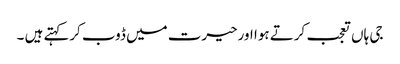
جی ہاں تعجب کرتے ہوا اورحیرت میں ڈوب کرکہتے ہیں ۔